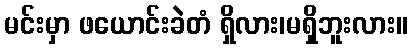
မင်းမှာ ဖယောင်းခဲတံ ရှိလား၊မရှိဘူးလား။